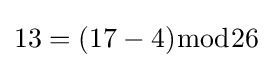
13=(17-4){\bmod {2}}6